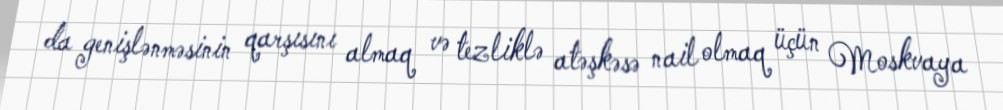
da genişlənməsinin qarşısını almaq və tezliklə atəşkəsə nail olmaq üçün Moskvaya